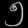
Digit: ၅